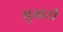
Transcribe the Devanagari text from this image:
भुखरी